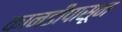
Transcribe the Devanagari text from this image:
कानडीपासून